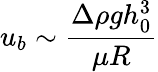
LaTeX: u_{b}\sim\frac{\Delta\rho gh_{0}^{3}}{\mu R}